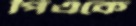
পিএকে